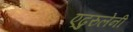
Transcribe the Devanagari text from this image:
एढुरुलेनी